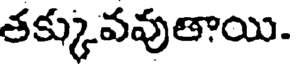
తక్కువవుతాయి.